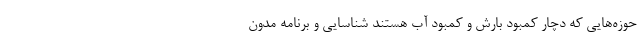
حوزه‌هایی که دچار کمبود بارش و کمبود آب هستند شناسایی و برنامه مدون